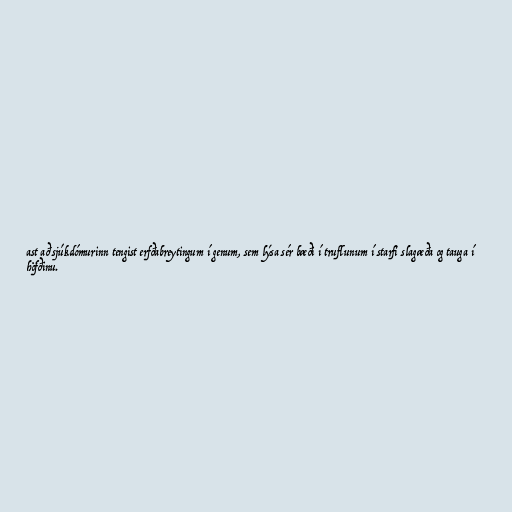
ast að sjúkdómurinn tengist erfðabreytingum í genum, sem lýsa sér bæði í truflunum í starfi slagæða og tauga í
höfðinu.